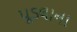
પૂડલાના